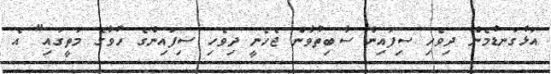
އަޅުގަނޑުމެން ދިވެހި ސިފައިން ސާބިތުވާން ޖެހެނީ ދިވެހި ސިފައިންގެ ހުވާގެ މަތީގައި" އެ